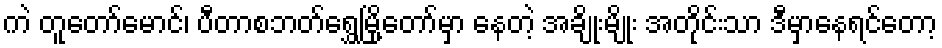
ကဲ တူတော်မောင်၊ ပီတာစဘတ်ရွှေမြို့တော်မှာ နေတဲ့ အချိုးမျိုး အတိုင်းသာ ဒီမှာနေရင်တော့